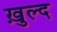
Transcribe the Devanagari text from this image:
ख़ुल्द